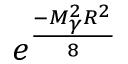
e ^ { \frac { - M _ { \gamma } ^ { 2 } R ^ { 2 } } { 8 } }